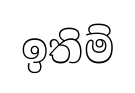
ඉතිම්